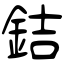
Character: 銡